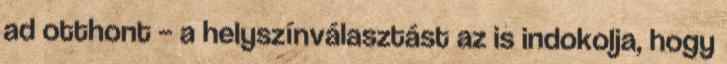
ad otthont – a helyszínválasztást az is indokolja, hogy